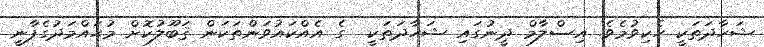
ޝަހާދަތަކީ ހެކިވުމެވެ. އިސްލާމް ދީނުގައި ޝަހާދަތަކީ  ގެ އެއްކައުވަންތަކަން ޤަބޫލުކޮށް މުޙައްމަދުގެފާނީ